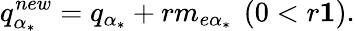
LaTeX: q_{\alpha_{*}}^{new}=q_{\alpha_{*}}+rm_{e\alpha_{*}}\ \left(0<r\le 1\right).